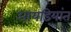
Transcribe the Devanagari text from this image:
आयडियांत